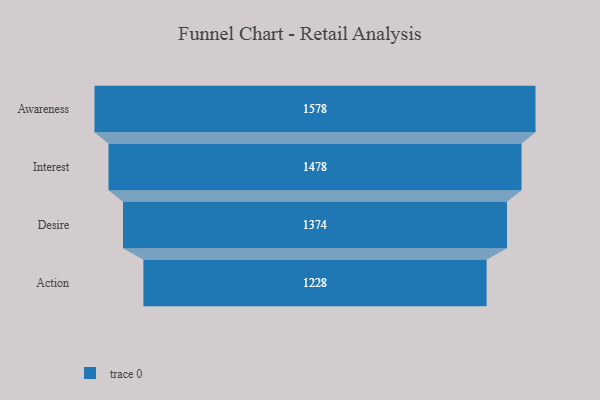
{"axis": {"x": "Stage", "y": "Value"}, "legend": [""], "data": [{"x": "Awareness", "y": 1578.0, "type": ""}, {"x": "Interest", "y": 1478.0, "type": ""}, {"x": "Desire", "y": 1374.0, "type": ""}, {"x": "Action", "y": 1228.0, "type": ""}]}